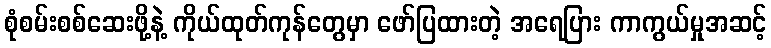
စုံစမ်းစစ်ဆေးဖို့နဲ့ ကိုယ်ထုတ်ကုန်တွေမှာ ဖော်ပြထားတဲ့ အရေပြား ကာကွယ်မှုအဆင့်